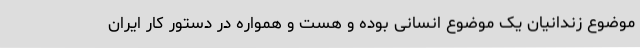
موضوع زندانیان یک موضوع انسانی بوده و هست و همواره در دستور کار ایران